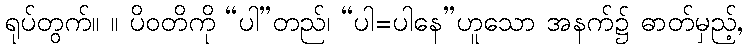
ရုပ်တွက်။ ။ ပိဝတိကို “ပါ”တည်၊ “ပါ=ပါနေ”ဟူသော အနက်၌ ဓာတ်မှည့်,